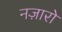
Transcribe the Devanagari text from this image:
नज़ारो